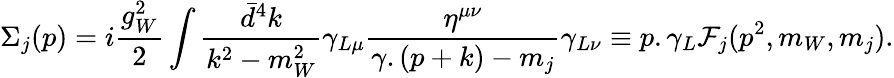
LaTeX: \Sigma_{j}(p)=i\frac{g_{W}^{2}}{2}\int\frac{\bar{d}^{4}k}{k^{2}-m_{W}^{2}}\gamma_{L\mu}\frac{\eta^{\mu\nu}}{\gamma.(p+k)-m_{j}}\gamma_{L\nu}\equiv p.\gamma_{L}{\cal F}_{j}(p^{2},m_{W},m_{j}).